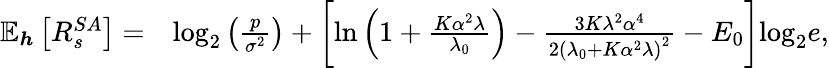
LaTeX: \begin{array}{rl}{\mathbb{E}_{\boldsymbol{h}}\left[R_{s}^{SA}\right]=}&{\mathrm{log}_{2}\left(\frac{p}{\sigma^{2}}\right)+\bigg[\mathrm{ln}\left(1+\frac{K\alpha^{2}\lambda}{\lambda_{0}}\right)-\frac{3K\lambda^{2}\alpha^{4}}{2\left(\lambda_{0}+K\alpha^{2}\lambda\right)^{2}}-E_{0}\bigg]\mathrm{log}_{2}e,}\end{array}